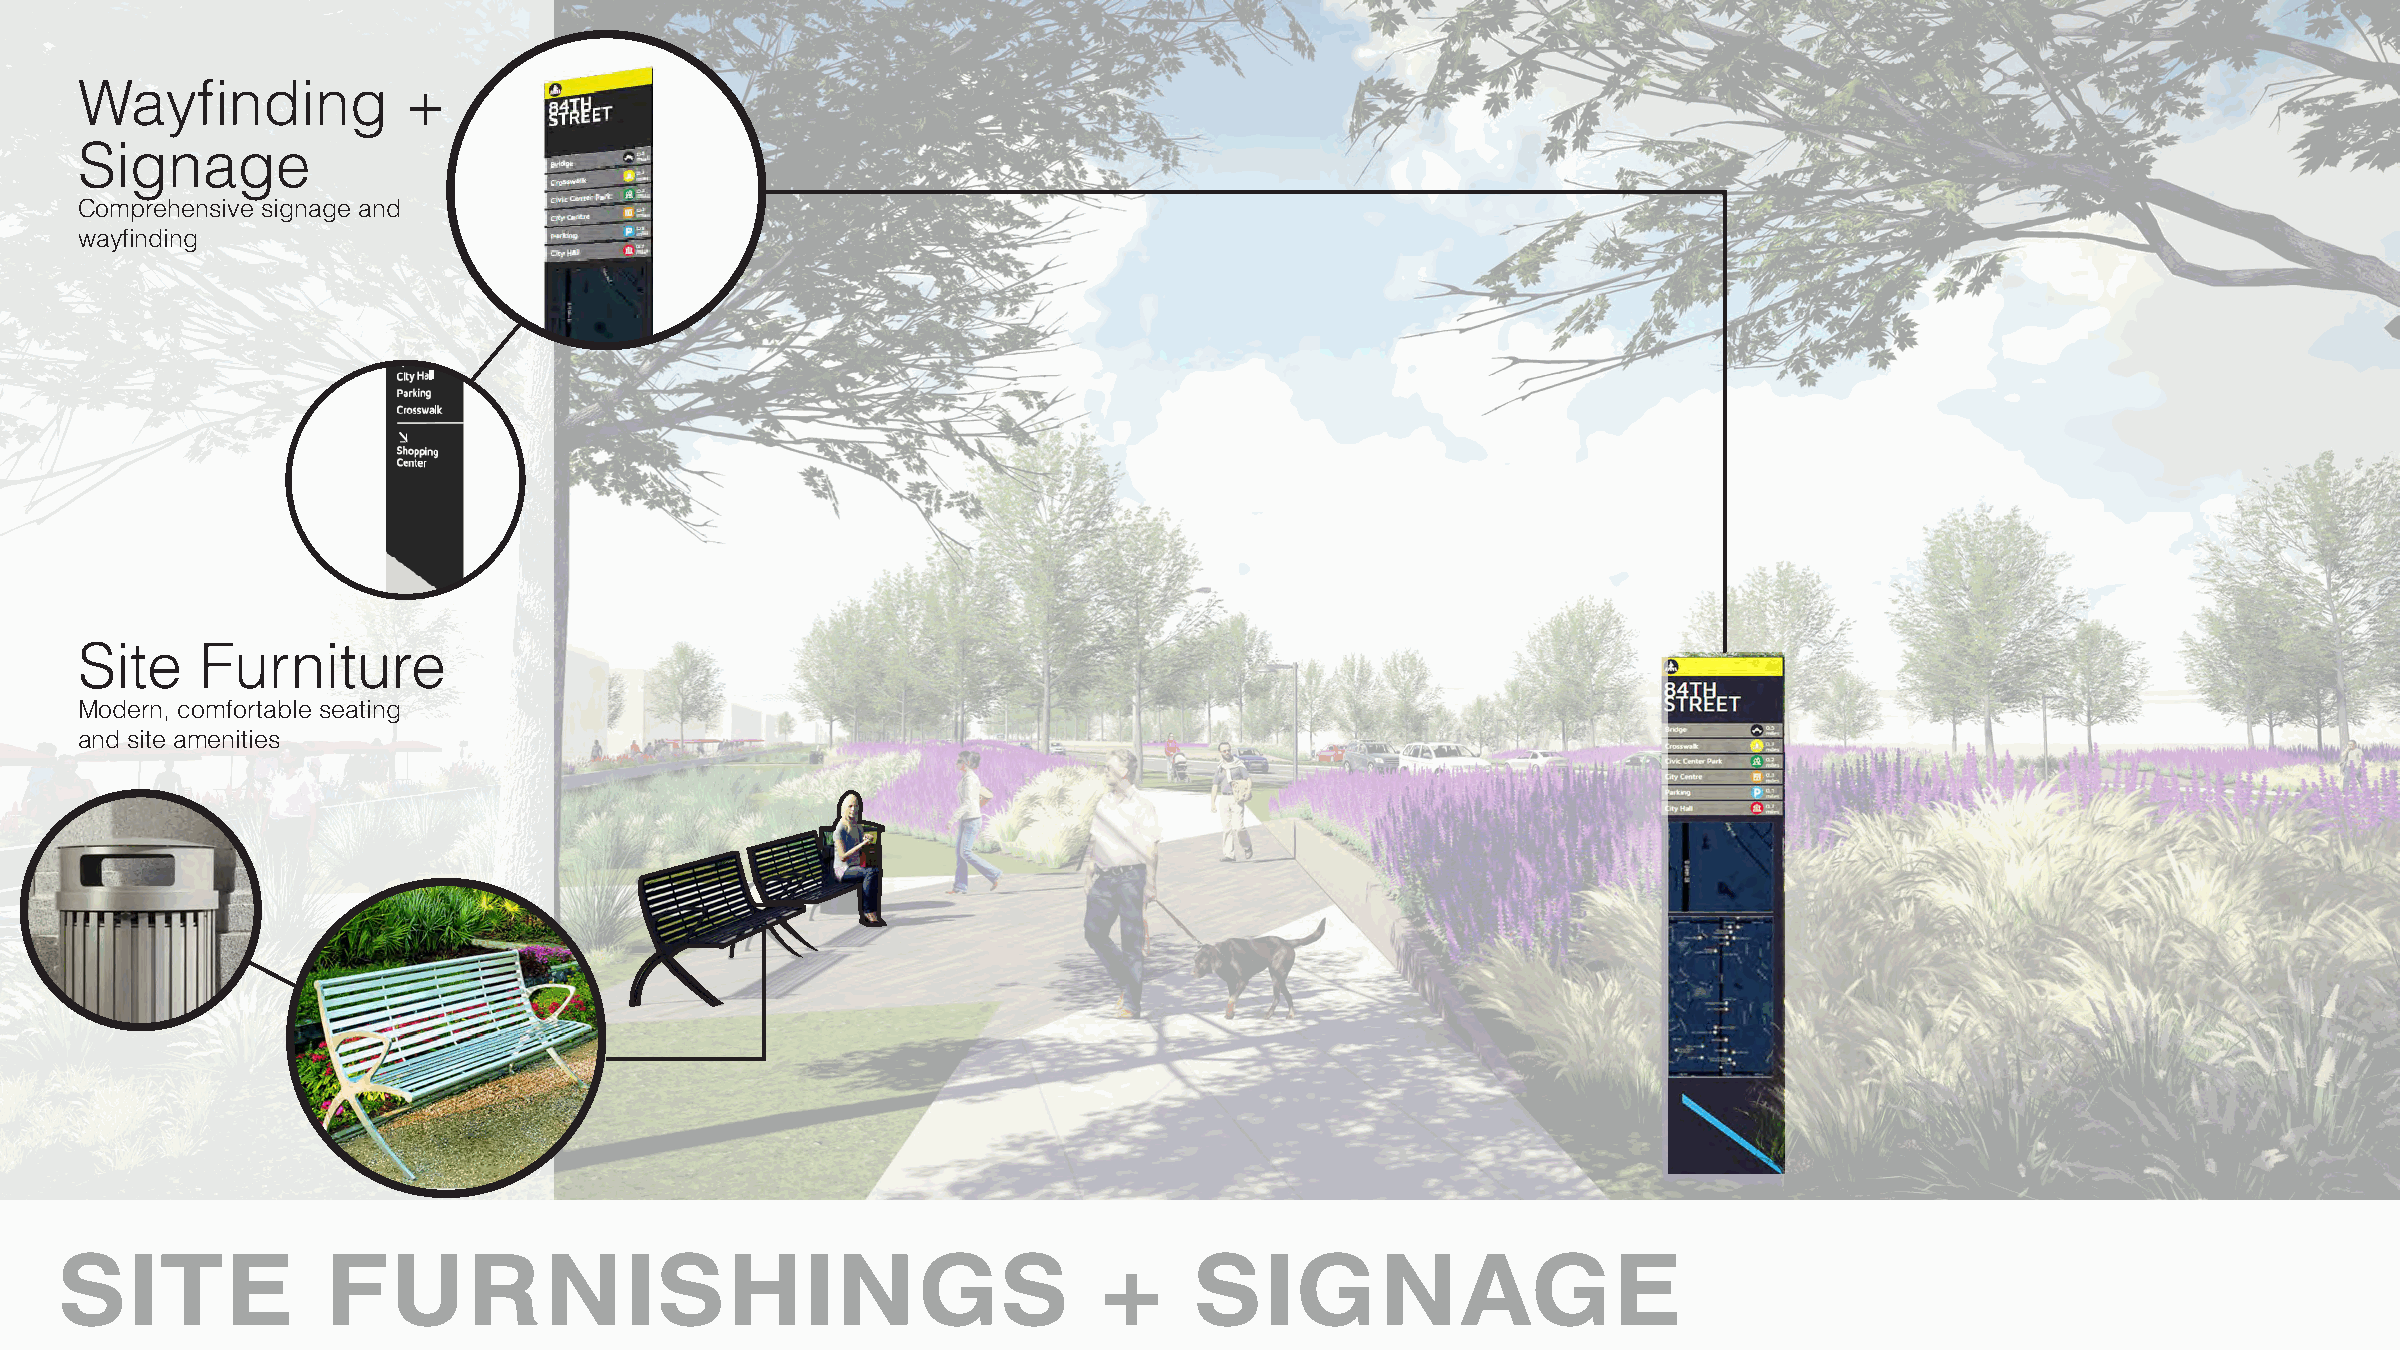
Wayfinding            +
 Signage
 Comprehensive signage and
 wayfinding
 Site    Furniture
 Modern, comfortable seating
 and site amenities
 SITE             FURNISHINGS                                         +     SIGNAGE